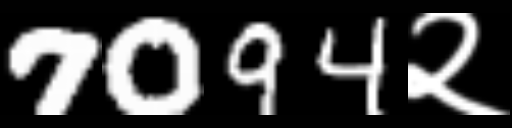
Text: 7094२